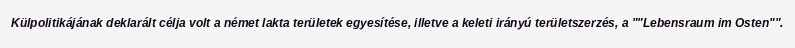
Külpolitikájának deklarált célja volt a német lakta területek egyesítése, illetve a keleti irányú területszerzés, a ""Lebensraum im Osten"".